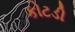
કોટડી